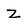
Character: Z